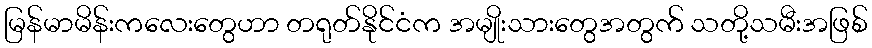
မြန်မာမိန်းကလေးတွေဟာ တရုတ်နိုင်ငံက အမျိုးသားတွေအတွက် သတို့သမီးအဖြစ်